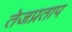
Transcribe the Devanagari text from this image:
तेजप्रताप